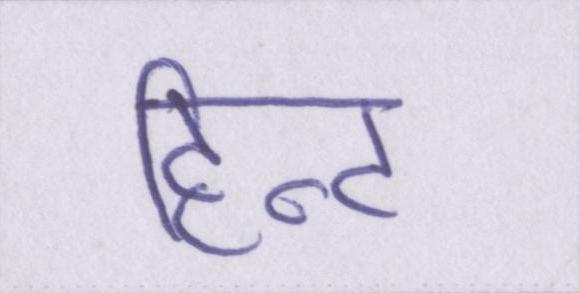
हिन्ट